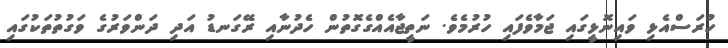
ހުރަސްއެޅި ވައިނޮޅީގައި ޖަމާވެފައި ހުރުމެވެ. ނަތީޖާއެއްގެގޮތުން ހެދުނާއި ރޭގަނޑު އަދި ދަންވަރުގެ ވަގުތުތަކުގައި